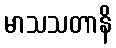
မာသသတာနိ